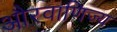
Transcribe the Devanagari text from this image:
औरवाणिज्य